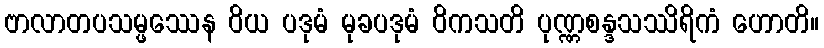
ဗာလာတပသမ္ဖဿေန ဝိယ ပဒုမံ မုခပဒုမံ ဝိကသတိ ပုဏ္ဏစန္ဒသဿိရိကံ ဟောတိ။